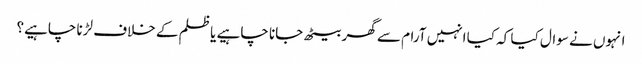
انہوں نے سوال کیا کہ کیا انہیں آرام سے گھر بیٹھ جانا چاہیے یا ظلم کے خلاف لڑنا چاہیے؟